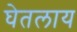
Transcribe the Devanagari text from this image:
घेतलाय